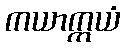
ကယာက္ကယံ